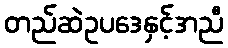
တည်ဆဲဥပဒေနှင့်အညီ